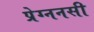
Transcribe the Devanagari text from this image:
प्रेग्ननसी